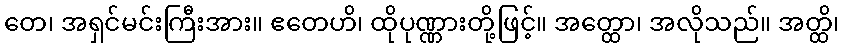
တေ၊ အရှင်မင်းကြီးအား။ ဧတေဟိ၊ ထိုပုဏ္ဏားတို့ဖြင့်။ အတ္ထော၊ အလိုသည်။ အတ္ထိ၊